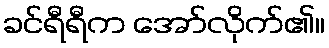
ခင်ရီရီက အော်လိုက်၏။